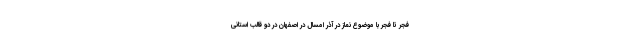
فجر تا فجر با موضوع نماز در آذر امسال در اصفهان در دو قالب استانی